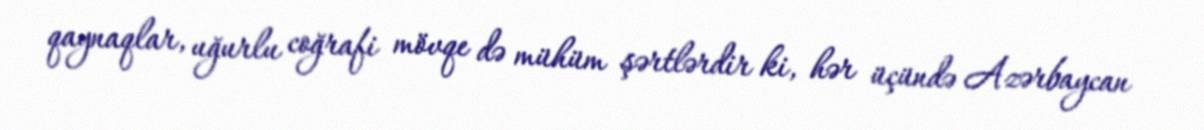
qaynaqlar, uğurlu coğrafi mövqe də mühüm şərtlərdir ki, hər üçündə Azərbaycan